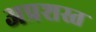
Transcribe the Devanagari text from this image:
अप्रशस्त